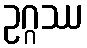
ဥဂ္ဂဿ